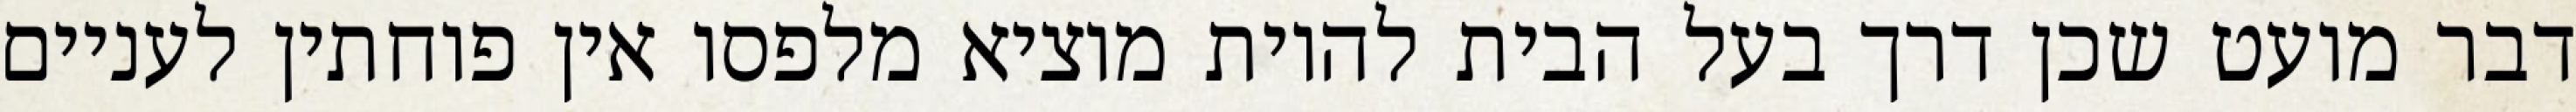
דבר מועט שכן דרך בעל הבית להיות מוציא מלפסו אין פוחתין לעניים